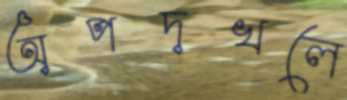
অপদখলে